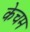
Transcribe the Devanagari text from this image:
केचम